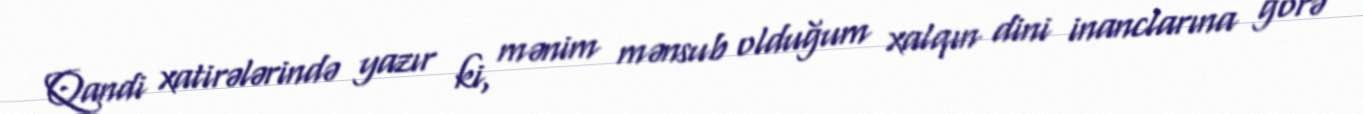
Qandi xatirələrində yazır ki, mənim mənsub olduğum xalqın dini inanclarına görə